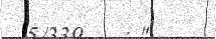
5/339   : "